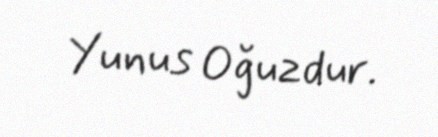
Yunus Oğuzdur.